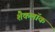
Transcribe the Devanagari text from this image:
शैकलॉक